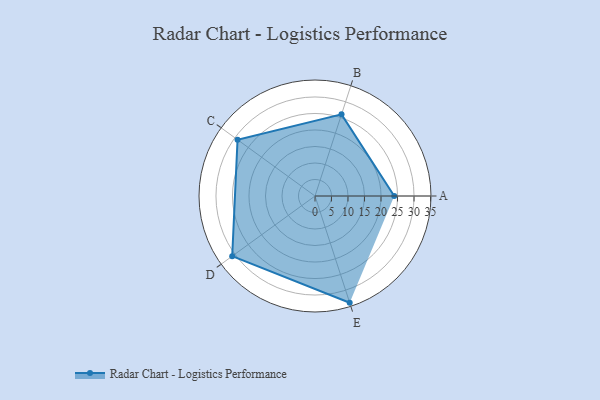
{"axis": {"x": "Skill", "y": "Score"}, "legend": ["Profile"], "data": [{"x": "A", "y": 24.0, "type": "Profile"}, {"x": "B", "y": 26.0, "type": "Profile"}, {"x": "C", "y": 29.0, "type": "Profile"}, {"x": "D", "y": 31.0, "type": "Profile"}, {"x": "E", "y": 34.0, "type": "Profile"}]}